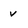
Character: v